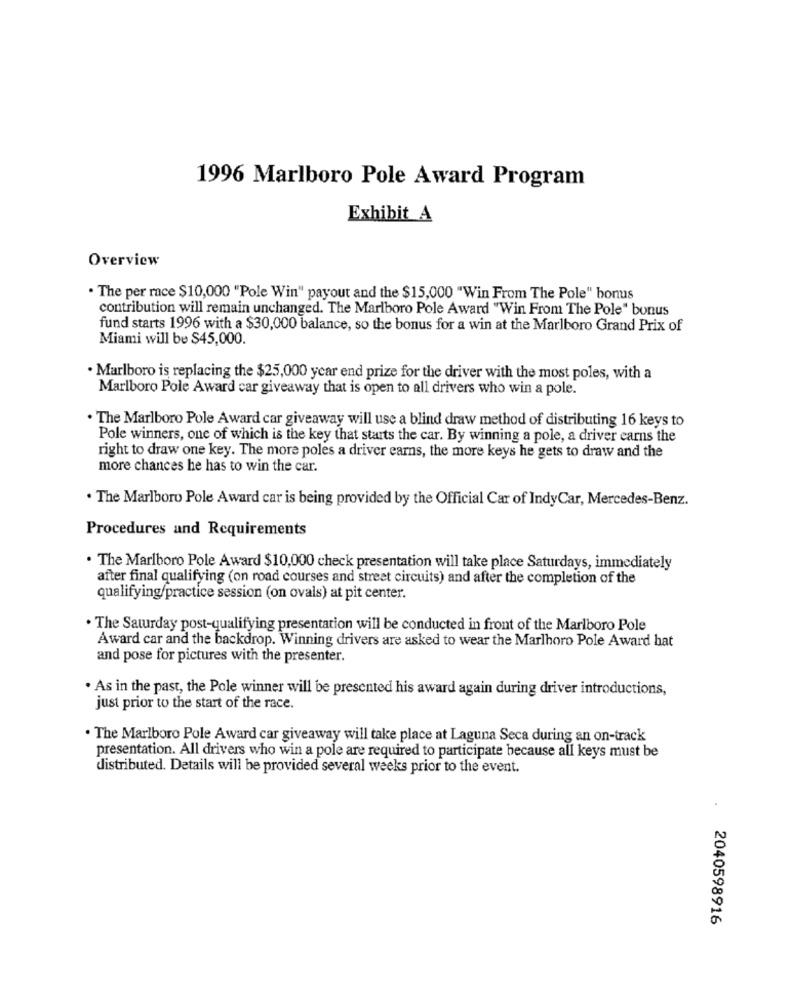
1996 Marlboro Pole Award Program
Exhibit_A
Overview
. The per race $10,000 "Pole Win" payout and the $15,000 "Win From The Pole" bonus
contribution will remain unchanged. The Marlboro Pole Award "Win From The Pole" bonus
fund starts 1996 with a $30,000 balance, so the bonus for a win at the Marlboro Grand Prix of
Miami will be $45,000.
· Marlboro is replacing the $25,000 year end prize for the driver with the most poles, with a
Marlboro Pole Award car giveaway that is open to all drivers who win a pole.
. The Marlboro Pole Award car giveaway will use a blind draw method of distributing 16 keys to
Pole winners, one of which is the key that starts the car. By winning a pole, a driver earns the
right to draw one key. The more poles a driver earns, the more keys he gets to draw and the
more chances he has to win the car.
. The Marlboro Pole Award car is being provided by the Official Car of IndyCar, Mercedes-Benz.
Procedures and Requirements
. The Marlboro Pole Award $10,000 check presentation will take place Saturdays, immediately
after final qualifying (on road courses and street circuits) and after the completion of the
qualifying/practice session (on ovals) at pit center.
The Saturday post-qualifying presentation will be conducted in front of the Marlboro Pole
Award car and the backdrop. Winning drivers are asked to wear the Marlboro Pole Award hat
and pose for pictures with the presenter.
. As in the past, the Pole winner will be presented his award again during driver introductions,
just prior to the start of the race.
. The Marlboro Pole Award car giveaway will take place at Laguna Seca during an on-track
presentation. All drivers who win a pole are required to participate because all keys must be
distributed. Details will be provided several weeks prior to the event.
2040598916